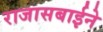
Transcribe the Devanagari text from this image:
राजासबाईने